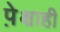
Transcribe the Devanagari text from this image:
पे़क्षाही